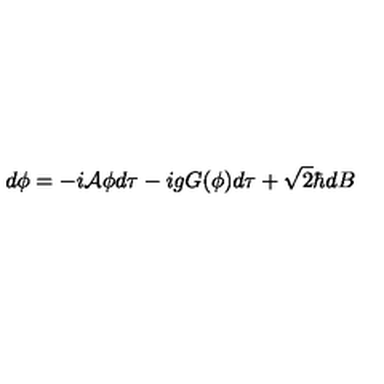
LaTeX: d \phi = - i { \cal A } \phi d \tau - i g G ( \phi ) d \tau + \sqrt { 2 } \hbar d B